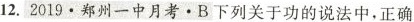
12.2019.郑州一中月考。B下列关于功的说法中，正确